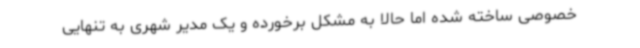
خصوصی ساخته شده اما حالا به مشکل برخورده و یک مدیر شهری به تنهایی